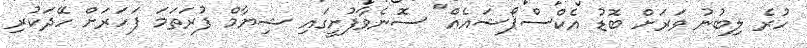
ހުރެ ލިބުނު ވަރަށް ބޮޑު އެކްސްޕޯޝައެއް" ސޮނެވާފުށީގައި ޝިޔާމް ފުރަތަމަ ފަހަރަށް ހޭދަކުރި